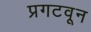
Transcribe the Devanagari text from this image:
प्रगटवून